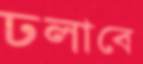
ঢলাবে